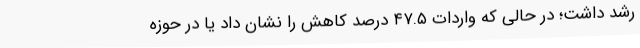
رشد داشت؛ در حالی که واردات ۴۷.۵ درصد کاهش را نشان داد یا در حوزه